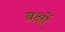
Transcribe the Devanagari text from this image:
ब्रक्षों